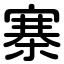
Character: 寨